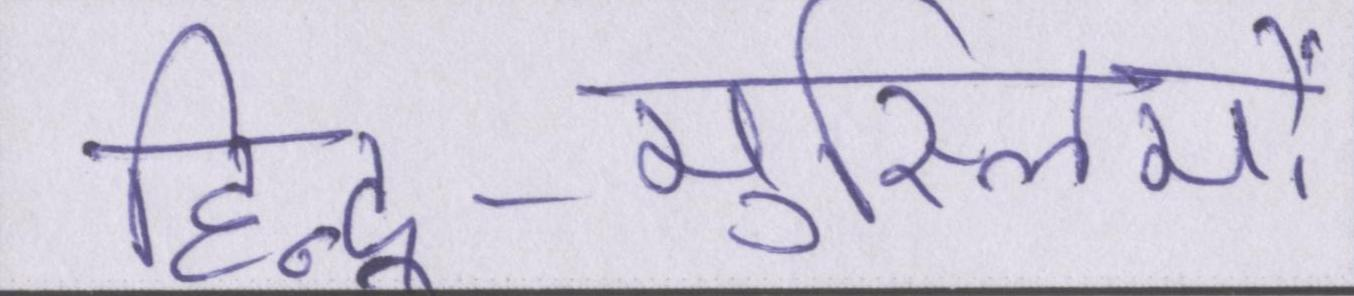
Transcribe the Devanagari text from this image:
हिन्दू-मुस्लिमों